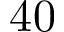
4 0